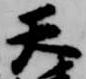
天